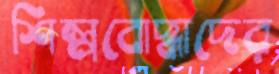
শিল্পবোদ্ধাদের